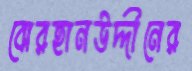
বোরহানউদ্দীনের